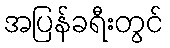
အပြန်ခရီးတွင်